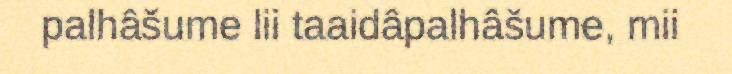
palhâšume lii taaidâpalhâšume, mii